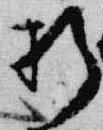
折